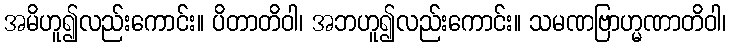
အမိဟူ၍လည်းကောင်း။ ပိတာတိဝါ၊ အဘဟူ၍လည်းကောင်း။ သမဏဗြာဟ္မဏာတိဝါ၊